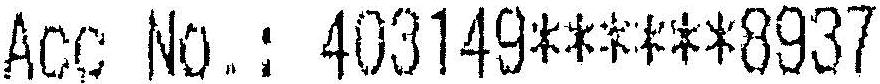
ACC NO.: 403149******8937